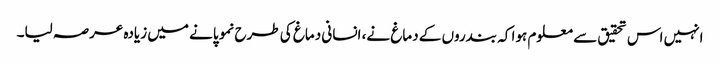
انہیں اس تحقیق سے معلوم ہوا کہ بندروں کے دماغ نے، انسانی دماغ کی طرح نمو پانے میں زیادہ عرصہ لیا۔